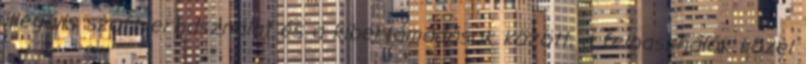
illegális szoftverhasználat és a kibertámadások között, a felhasználók közel